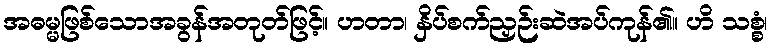
အဓမ္မဖြစ်သောအခွန်အတုတ်ဖြင့်။ ဟတာ၊ နှိပ်စက်ညှဉ်းဆဲအပ်ကုန်၏။ ဟိ သစ္စံ၊